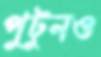
পুটুনও